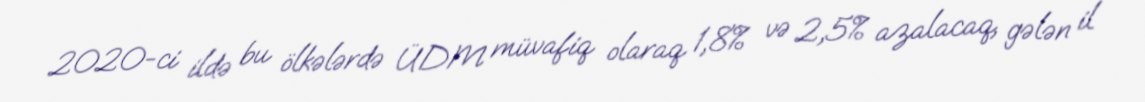
2020-ci ildə bu ölkələrdə ÜDM müvafiq olaraq 1,8% və 2,5% azalacaq, gələn il